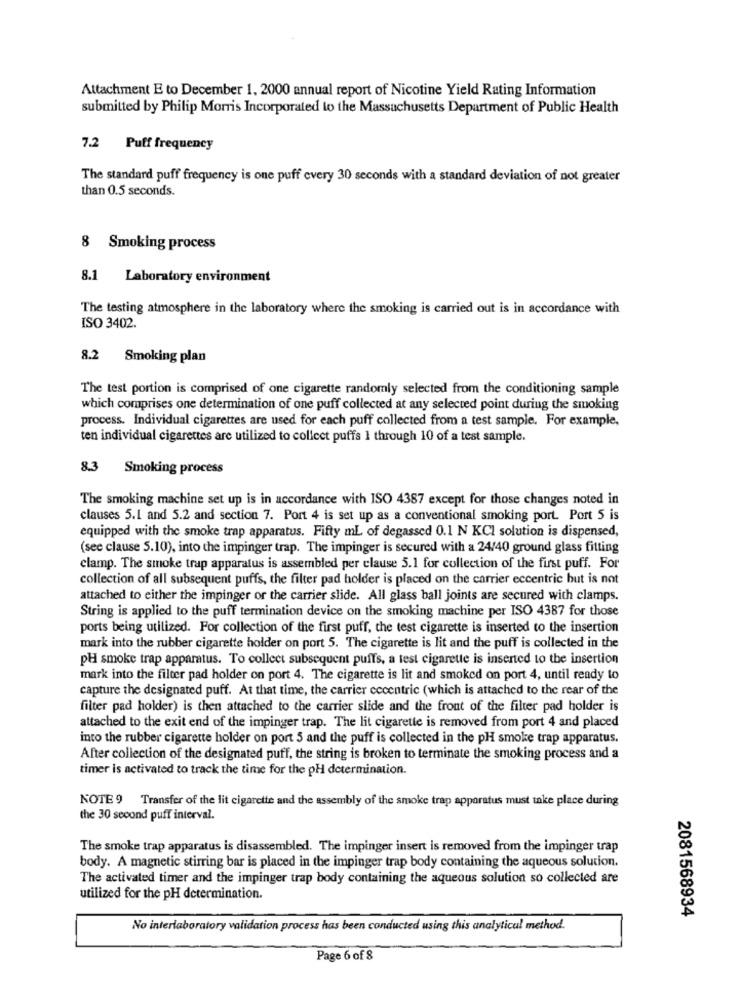
Attachment E to December 1, 2000 annual report of Nicotine Yield Rating Information
submitted by Philip Morris Incorporated to the Massachusetts Department of Public Health
7.2
Puff frequency
The standard puff frequency is one puff every 30 seconds with a standard deviation of not greater
than 0.5 seconds.
8 Smoking process
8.1 Laboratory environment
The testing atmosphere in the laboratory where the smoking is carried out is in accordance with
ISO 3402.
8.2 Smoking plan
The test portion is comprised of one cigarette randomly selected from the conditioning sample
which comprises one determination of one puff collected at any selected point during the smoking
process. Individual cigarettes are used for each puff collected from a test sample. For example,
ten individual cigarettes are utilized to collect puffs 1 through 10 of a test sample.
8.3 Smoking process
The smoking machine set up is in accordance with ISO 4387 except for those changes noted in
clauses 5.1 and 5.2 and section 7. Port 4 is set up as a conventional smoking port. Port 5 is
equipped with the smoke trap apparatus. Fifty ml of degassed 0.1 N KCI solution is dispensed,
(see clause 5.10), into the impinger trap. The impinger is secured with a 24/40 ground glass fitting
clamp. The smoke trap apparatus is assembled per clause 5.1 for collection of the first puff. For
collection of all subsequent puffs, the filter pad holder is placed on the carrier eccentric but is not
attached to either the impinger or the carrier slide. All glass ball joints are secured with clamps.
String is applied to the puff termination device on the smoking machine per ISO 4387 for those
ports being utilized. For collection of the first puff, the test cigarette is inserted to the insertion
mark into the rubber cigarette holder on port 5. The cigarette is lit and the puff is collected in the
pH smoke trap apparatus. To collect subsequent puffs, a test cigarette is inserted to the insertion
mark into the filter pad holder on port 4. The cigarette is lit and smoked on port 4, until ready to
capture the designated puff. At that time, the carrier eccentric (which is attached to the rear of the
filter pad holder) is then attached to the carrier slide and the front of the filter pad holder is
attached to the exit end of the impinger trap. The lit cigarette is removed from port 4 and placed
into the rubber cigarette holder on port 5 and the puff is collected in the pH smoke trap apparatus.
After collection of the designated puff, the string is broken to terminate the smoking process and a
timer is activated to track the time for the pH determination.
NOTE 9 Transfer of the lit cigarette and the assembly of the smoke trap apparatus must take place during
the 30 second puff interval.
The smoke trap apparatus is disassembled. The impinger insert is removed from the impinger trap
body. A magnetic stirring bar is placed in the impinger trap body containing the aqueous solution.
The activated timer and the impinger trap body containing the aqueous solution so collected are
utilized for the pH determination.
2081568934
No interlaboratory validation process has been conducted using this analytical method.
Page 6 of 8